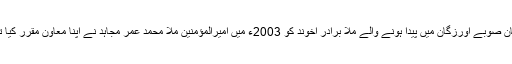
افغان صوبے اورزگان میں پیدا ہونے والے ملّا برادر اخوند کو 2003ء میں امیرالمؤمنین ملا محمد عمر مجاہد نے اپنا معاون مقرر کیا تھا۔